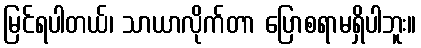
မြင်ရပါတယ်၊ သာယာလိုက်တာ ပြောစရာမရှိပါဘူး။